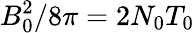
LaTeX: B_{0}^{2}/8\pi=2N_{0}T_{0}